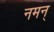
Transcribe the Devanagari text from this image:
नमन्